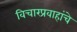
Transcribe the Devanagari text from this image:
विचारप्रवाहांचे